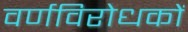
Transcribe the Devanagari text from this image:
वर्णविरोधकों